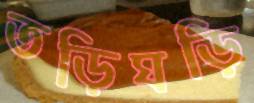
তড়িঘড়ি